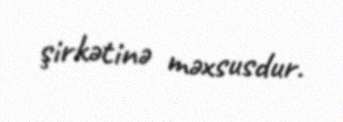
şirkətinə məxsusdur.